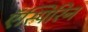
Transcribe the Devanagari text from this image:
ऍस्पिरिन